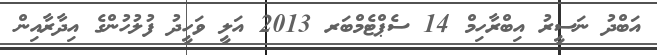
އަބްދު ނަސީރު އިބްރާހިމް 14 ސެޕްޓެމްބަރ 2013 އަލީ ވަހީދު ފުލުހުންގެ އިދާރާއިން